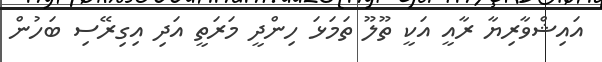
އައިޝްވާރިޔާ ރާއީ އަކީ ތޫލޫ ތަމަޅަ ހިންދީ މަރަތީ އަދި އިގިރޭސި ބަހުން